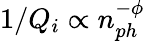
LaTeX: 1/Q_{i}\propto n_{ph}^{-\phi}